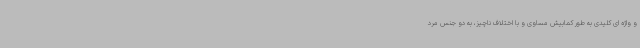
و واژه ای کلیدی به طور کمابیش مساوی و با اختلاف ناچیز، به دو جنس مرد